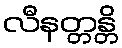
လီနတ္တန္တိ